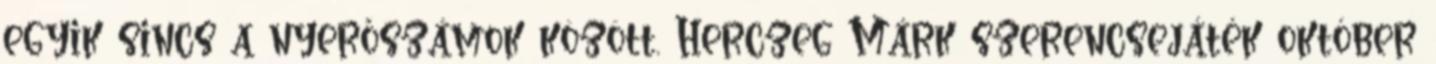
egyik sincs a nyerőszámok között. Herczeg Márk szerencsejáték október